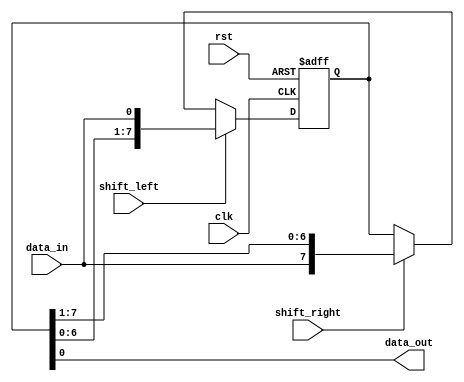
module bidirectional_shift_register (
    input wire clk, // Clock input
    input wire rst, // Reset input
    input wire shift_left, // Shift left control signal
    input wire shift_right, // Shift right control signal
    input wire data_in, // Data input
    output reg data_out // Data output
);

reg [7:0] reg_data; // 8-bit register for data storage

always @(posedge clk or posedge rst) begin
    if (rst) begin
        reg_data <= 8'b0; // Reset register data
    end else begin
        if (shift_left) begin
            reg_data <= {reg_data[6:0], data_in}; // Shift data left
        end else if (shift_right) begin
            reg_data <= {data_in, reg_data[7:1]}; // Shift data right
        end else begin
            reg_data <= reg_data; // No shift
        end
    end
end

assign data_out = reg_data; // Assign output with register data

endmodule